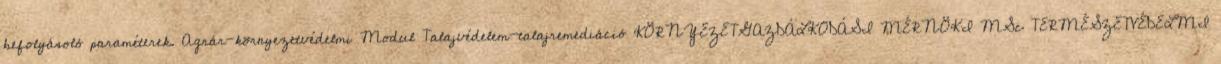
befolyásoló paraméterek. Agrár-környezetvédelmi Modul Talajvédelem-talajremediáció KÖRNYEZETGAZDÁLKODÁSI MÉRNÖKI MSc TERMÉSZETVÉDELMI